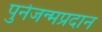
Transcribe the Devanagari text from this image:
पुर्नजन्मप्रदान